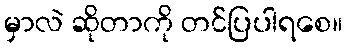
မှာလဲ ဆိုတာကို တင်ပြပါရစေ။